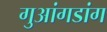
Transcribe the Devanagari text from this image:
गुआंगडांग